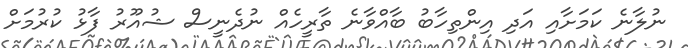
ނުލާނެ ކަމަށާއި އަދި އިންތިހާބު ބާއްވާނެ ތާރީހެއް ނުދެނީސް ޝުއޫރު ފާޅު ކުރުމަށް